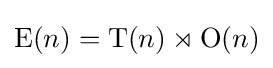
{\text{E}}(n)={\text{T}}(n)\rtimes {\text{O}}(n)